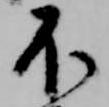
不